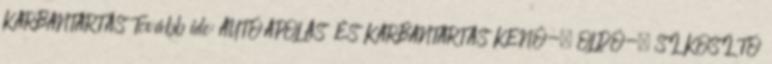
KARBANTARTÁS Tovább ide: AUTÓÁPOLÁS ÉS KARBANTARTÁS KENŐ-, OLDÓ-, SÍKOSÍTÓ